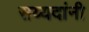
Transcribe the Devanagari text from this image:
सय्यदांनी